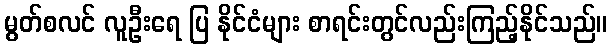
မွတ်စလင် လူဦးရေ ပြ နိုင်ငံများ စာရင်းတွင်လည်းကြည့်နိုင်သည်။